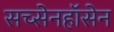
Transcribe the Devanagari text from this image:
सच्सेनहॉसेन